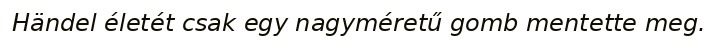
Händel életét csak egy nagyméretű gomb mentette meg.